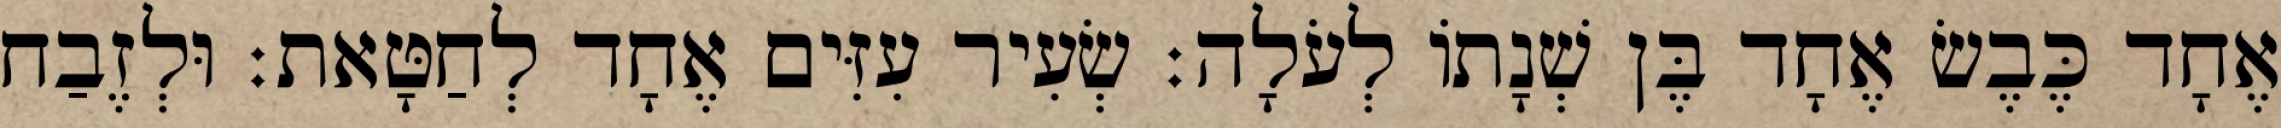
אֶחָד כֶּבֶשׂ אֶחָד בֶּן שְׁנָתוֹ לְעֹלָה׃ שְׂעִיר עִזִּים אֶחָד לְחַטָּאת׃ וּלְזֶבַח